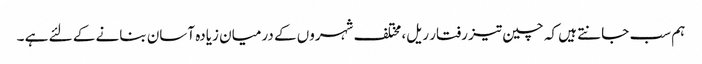
ہم سب جانتے ہیں کہ چین تیز رفتار ریل، مختلف شہروں کے درمیان زیادہ آسان بنانے کے لئے ہے ۔